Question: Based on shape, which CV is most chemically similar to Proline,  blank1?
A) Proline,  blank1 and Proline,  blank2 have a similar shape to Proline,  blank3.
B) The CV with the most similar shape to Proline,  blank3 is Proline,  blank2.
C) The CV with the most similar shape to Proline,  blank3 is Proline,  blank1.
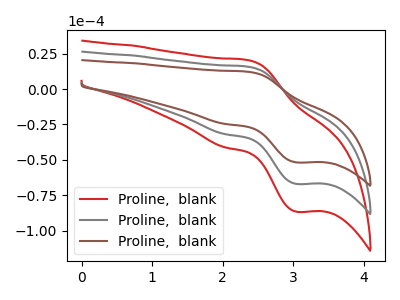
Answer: <think>The red curve "Proline,  blank1" has an anodic peak at (2.35V, 31.60uA) and a cathodic peak at (3.05V, -134.05uA). The gray curve "Proline,  blank2" has an anodic peak at (2.35V, 15.80uA) and a cathodic peak at (3.05V, -67.05uA). The brown curve "Proline,  blank3" has an anodic peak at (2.35V, 12.20uA) and a cathodic peak at (3.05V, -51.85uA).
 All the peaks in "Proline,  blank1" have a peak in "Proline,  blank2" at the same potential. Every peak in "Proline,  blank1" is higher than every peak in "Proline,  blank2". All the peaks in "Proline,  blank1" have a peak in "Proline,  blank3" at the same potential. Every peak in "Proline,  blank1" is higher than every peak in "Proline,  blank3". All the peaks in "Proline,  blank2" have a peak in "Proline,  blank3" at the same potential. Every peak in "Proline,  blank2" is higher than every peak in "Proline,  blank3".</think>
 <answer>A) "Proline,  blank1" and "Proline,  blank2" have a similar shape to "Proline,  blank3".</answer>
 <eval>A</eval>